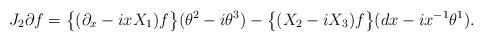
LaTeX: \begin{align*} J_2 \partial f = \big\{(\partial_x-ixX_1)f\big\} (\theta^2-i\theta^3) - \big\{(X_2-iX_3)f\big\} (dx-ix^{-1}\theta^1). \end{align*}